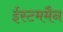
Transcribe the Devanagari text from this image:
ईस्टममैन